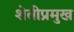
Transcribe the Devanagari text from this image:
शेतीप्रमुख